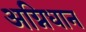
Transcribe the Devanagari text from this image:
अग्निधान